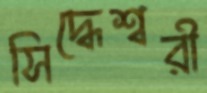
সিদ্ধেশ্বরী